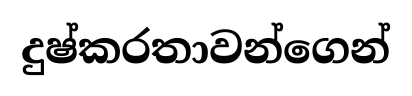
දුෂ්කරතාවන්ගෙන්